Report of the Indian Hemp Drugs Commission, 1894-1895 - Volume VI
Year: 1894
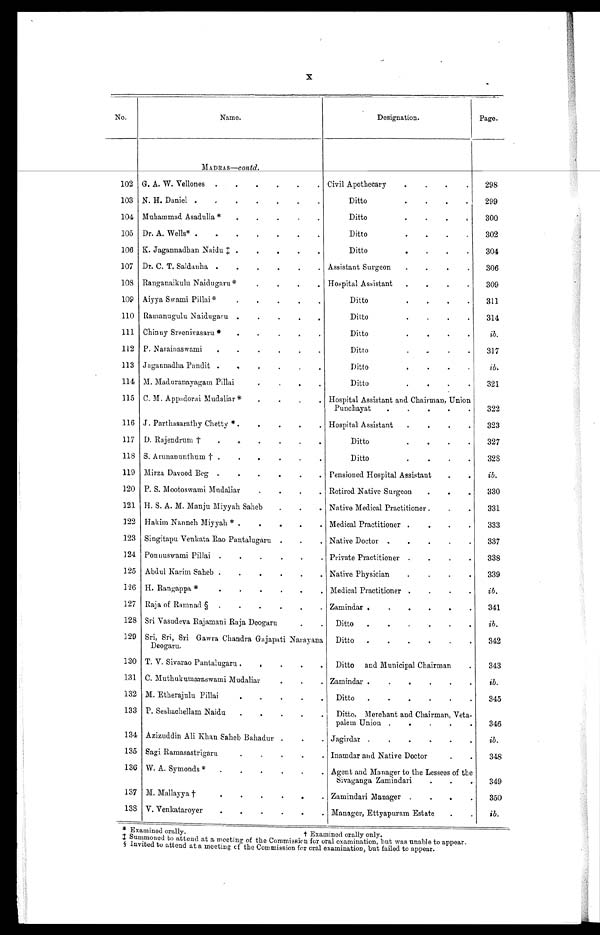
X
No.
N a m e .
Designation.
Page.
M A D R A S —
c o n t d .
102 G. A. W. Vellones . . . Civil Apothecary . . .
298
103 N . H. Daniel . . .
D i t t o . . .
299
104 Muhammad Asadulla * . . .
Ditto . . .
300
105 Dr. A. Wells* . . .
Ditto . . .
302
106 K. Jagannadhan Naidu ‡ . . .
Ditto . . .
304
107 Dr. C. T. Saldanha . . . Assistant Surgeon . . .
306
108 Ranganaikulu Naidugaru * . . . Hospital Assistant . . .
309
109 Aiyya Swami Pillai* . . .
Ditto . . .
311
110 Ramanugulu Naidugaru . . .
Ditto . . .
314
111 Chinny Sreenivasaru * . . .
Ditto . . .
i b .
112 P. Narainaswami . . .
Ditto . . .
317
113 Jagannadha Pandit . . .
Ditto . . .
i b .
114 M. M a d u r a n a y a g a m P i l l a i . . .
Ditto . . .
321
115 C. M. Appadorai Mudaliar * . . . Hospital Assistant and Chairman, Union
Punchayat . . .
322
116 J. Parthasarathy Chetty * . . . Hospital Assistant . . .
323
117 D. Rajendrum † . . .
Ditto . . .
327
118 S. Arunanunthum † . . .
Ditto . . .
3 2 8
119 Mirza Davood Beg . . . Pensioned Hospital Assistant . . .
i b .
120 P. S. Mootoswami Mudaliar . . . Retired Native Surgeon . . .
330
121 H. S. A. M. Manju Miyyah Saheb . . . Native Medical Practitioner . . .
331
122 Hakim Nanneh Miyyah * . . . Medical Practitioner . . .
333
123 Singitapu Venkata Rao Pantalugaru . . . Native Doctor . . .
337
124 Ponuuswami Pillai . . . Private Practitioner . . .
338
125 Abdul Karim Saheb . . . Native Physician . . .
339
126 H. Rangappa * . . . Medical Practitioner . . .
i b .
127 Raja of Ramnad § . . .
Zamindar . . .
341
128 Sri Vasudeva Rajamani Raja Deogaru . . .
Ditto . . .
ib.
129 Sri, Sri, Sri Gawra Chandra Gajapati Narayana
Deogaru.
Ditto . . .
342
130 T. V. Sivarao Pantalugaru . . .
Ditto and Municipal Chairman .
343
131 C. Muthukumaraswami Mudaliar . . .
Zamindar . . .
ib.
132 M. Etherajulu Pillai . . .
Ditto . . .
345
133 P. Seshachellam Naidu . . .
Ditto, Merchant and Chairman, Veta -
palem Union . . .
346
134 Azizuddin Ali Khan Saheb Bahadur . . .
Jagirdar . . .
ib.
135 Sagi Ramasastrigaru . . . Inamdar and Native Doctor . . .
348
13G W. A. Symonds * . . . Agent and Manager to the Lessees of the
Sivaganga Zamindari . . .
349
137 M. Mallayya † . . . Zamindari Manager . . .
350
138 V. Venkataroyer . . . Manager, Ettyapuram Estate . . .
ib.
* Examined orally.
† Examined orally only.
‡ Summoned to attend at a meeting of the Commission for oral examination, but was unable to appear.
§ Invited to attend at a meeting of the Commission for oral examination, but failed to appear.